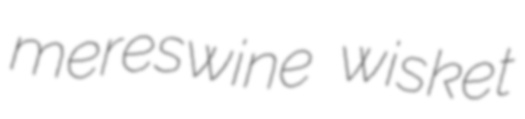
mereswine wisket